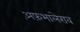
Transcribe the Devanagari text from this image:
अ़फ़भालेराव